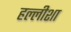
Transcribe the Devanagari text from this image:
हल्लीशा